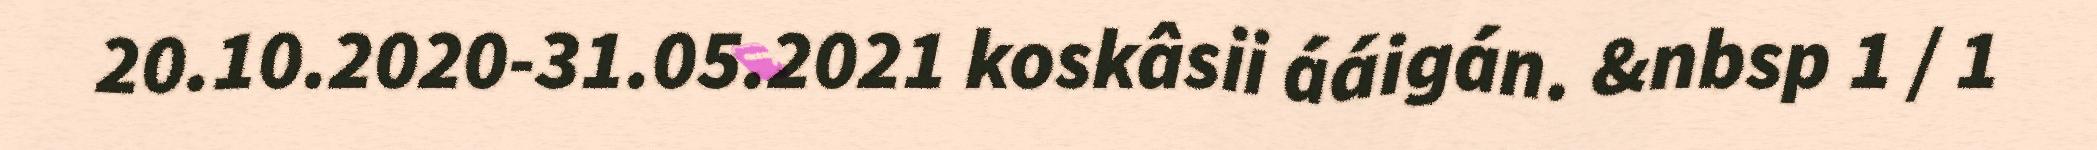
20.10.2020-31.05.2021 koskâsii ááigán. &nbsp 1 / 1